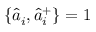
\{ \hat { a } _ { i } , \hat { a } _ { i } ^ { + } \} = 1